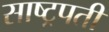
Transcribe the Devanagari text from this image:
साष्ट्रपती